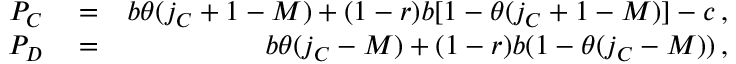
\begin{array} { r l r } { P _ { C } } & { { } = } & { b \theta ( j _ { C } + 1 - M ) + ( 1 - r ) b [ 1 - \theta ( j _ { C } + 1 - M ) ] - c \, , } \\ { P _ { D } } & { { } = } & { b \theta ( j _ { C } - M ) + ( 1 - r ) b ( 1 - \theta ( j _ { C } - M ) ) \, , } \end{array}